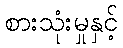
စားသုံးမှုနှင့်